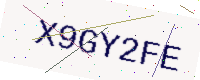
Text: X9GY2FE